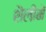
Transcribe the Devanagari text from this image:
शैलीमें